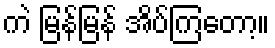
ကဲ မြန်မြန် အိပ်ကြတော့။